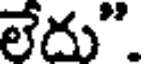
లేదు".